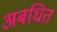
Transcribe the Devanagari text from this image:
अबधित